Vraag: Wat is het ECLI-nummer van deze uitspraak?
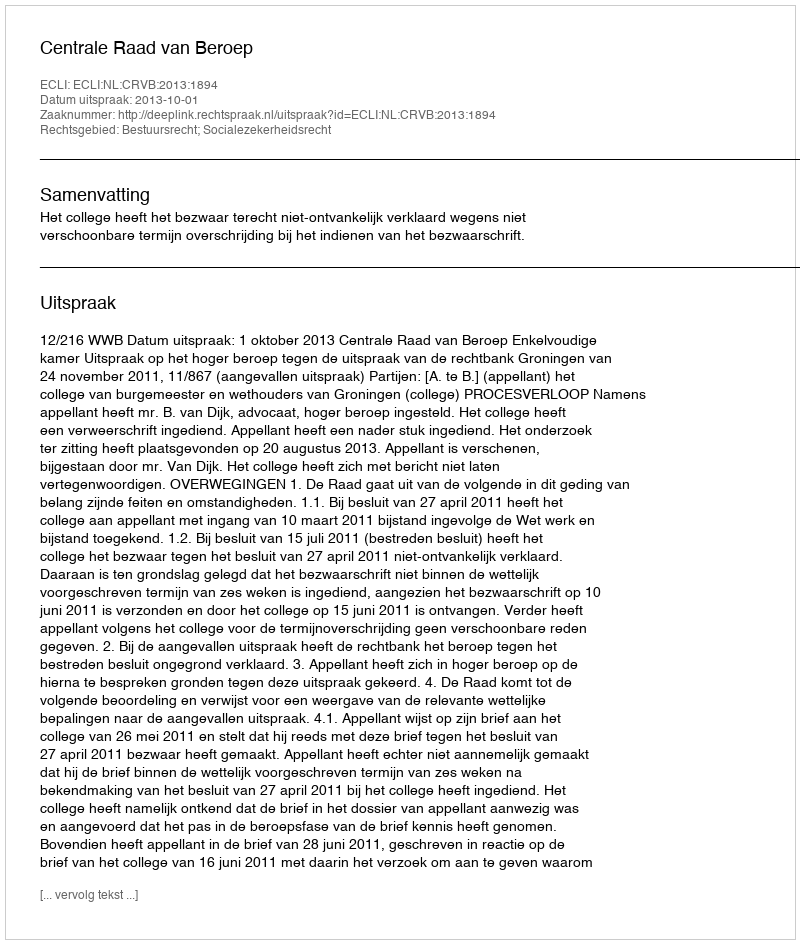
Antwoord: ECLI:NL:CRVB:2013:1894